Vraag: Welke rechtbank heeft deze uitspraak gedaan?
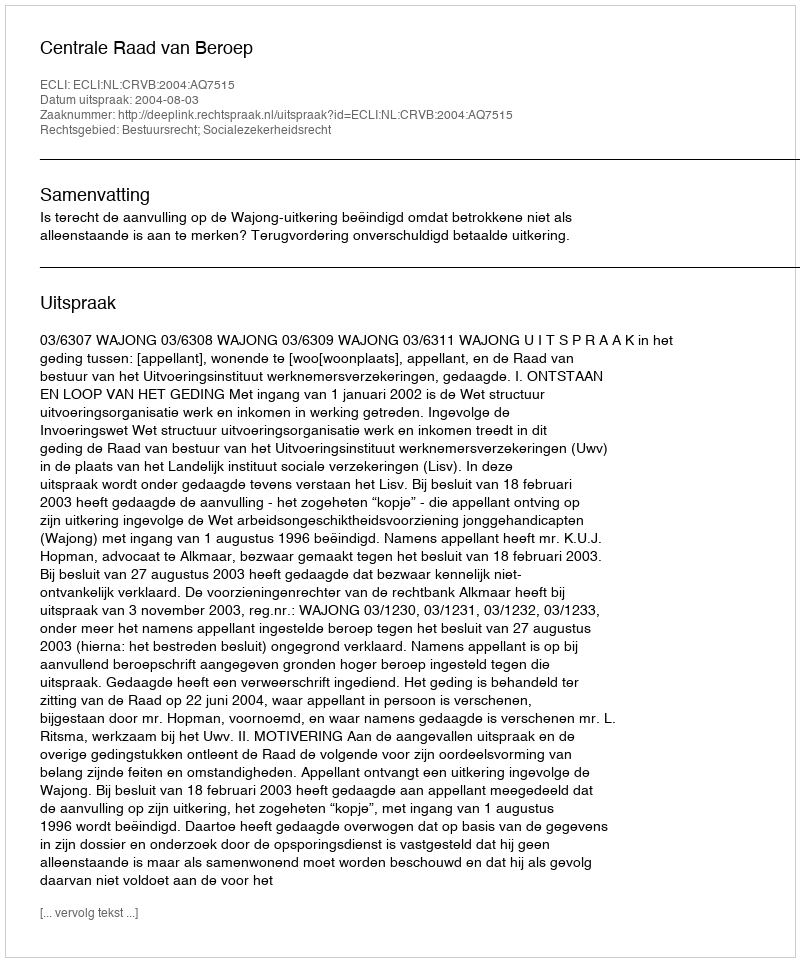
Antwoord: Centrale Raad van Beroep